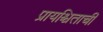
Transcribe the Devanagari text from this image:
प्रायश्चिताची